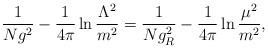
LaTeX: \begin{align*}\frac{1}{Ng^2}-\frac{1}{4\pi}\ln\frac{\Lambda^2}{m^2}=\frac{1}{Ng_R^2}-\frac{1}{4\pi}\ln\frac{\mu^2}{m^2},\end{align*}